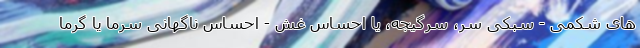
های شکمی - سبکی سر، سرگیجه، یا احساس غش - احساس ناگهانی سرما یا گرما